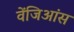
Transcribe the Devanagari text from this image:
वेंजिआंस